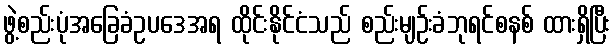
ဖွဲ့စည်းပုံအခြေခံဥပဒေအရ ထိုင်းနိုင်ငံသည် စည်းမျဉ်းခံဘုရင်စနစ် ထားရှိပြီး